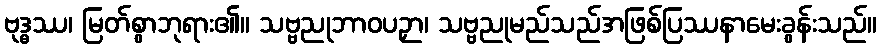
ဗုဒ္ဓဿ၊ မြတ်စွာဘုရား၏။ သဗ္ဗညုဘာဝပဉှာ၊ သဗ္ဗညုမည်သည်အဖြစ်ပြဿနာမေးခွန်းသည်။